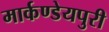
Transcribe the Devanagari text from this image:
मार्कण्डेयपुरी